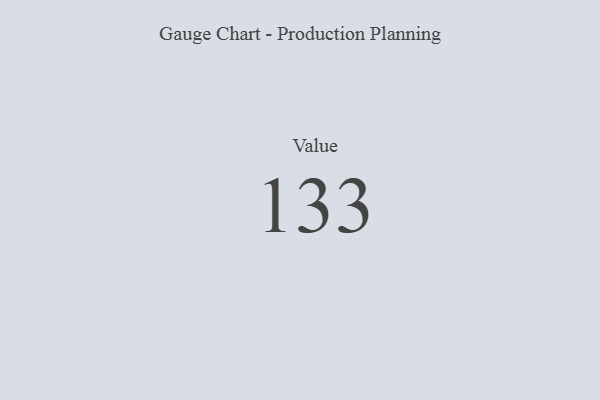
{"axis": {"x": "Metric", "y": "Value"}, "legend": [""], "data": [{"x": "Value", "y": 133, "type": ""}]}